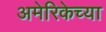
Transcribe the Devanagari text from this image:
अमेरिकेच्या